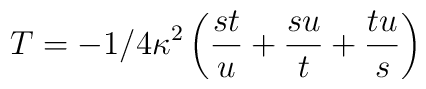
T=-1/4 \kappa^2 \left(\frac{st}{u}+\frac{su}{t}+\frac{tu}{s}\right)